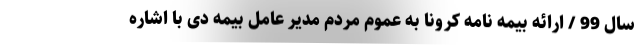
سال 99 / ارائه بیمه نامه کرونا به عموم مردم مدیر عامل بیمه دی با اشاره